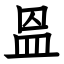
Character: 𥁕